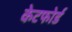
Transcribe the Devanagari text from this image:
केटफोर्ड